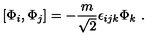
[ \Phi _ { i } , \Phi _ { j } ] = - \frac { m } { \sqrt 2 } \epsilon _ { i j k } \Phi _ { k } \ .